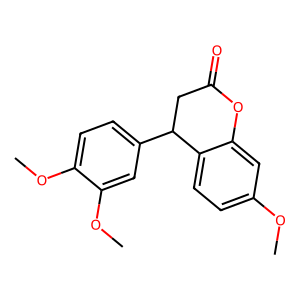
SMILES: COc1ccc2c(c1)OC(=O)CC2c1ccc(OC)c(OC)c1
Inhibits HIV replication: No